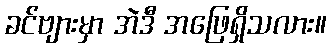
ခင်ဗျားမှာ အဲဒီ အဖြေရှိသလား။